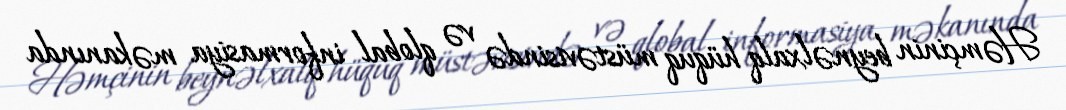
Həmçinin beynəlxalq hüquq müstəvisində və qlobal informasiya məkanında